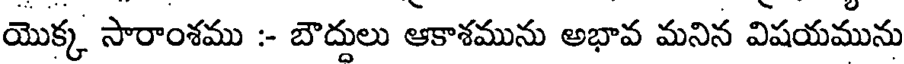
యొక్క సారాంశము :- బౌద్దులు ఆకాశమును అభావ మనిన విషయమును